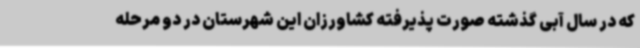
که در سال آبی گذشته صورت پذیرفته کشاورزان این شهرستان در دو مرحله